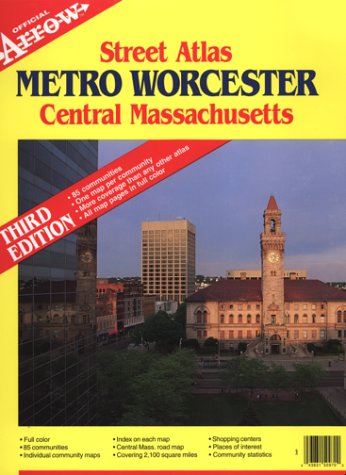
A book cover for Metro Worcester Central Massachusetts (Official Arrow Street Atlas); Inc Arrow Map; Travel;